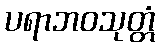
ပရာဘဝသုတ္တံ